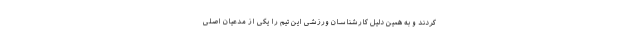
کردند و به همین دلیل کارشناسان ورزشی این تیم را یکی از مدعیان اصلی